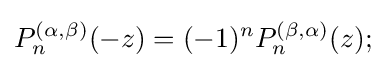
P_{n}^{(\alpha ,\beta )}(-z)=(-1)^{n}P_{n}^{(\beta ,\alpha )}(z);